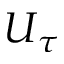
U _ { \tau }